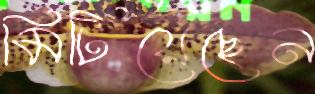
মিটিয়েছেন